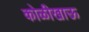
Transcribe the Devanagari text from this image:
कोळीखाऊ